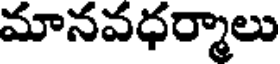
మానవధర్మాలు